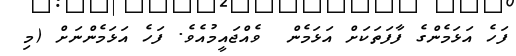
ފަހެ އަޅަމެންގެ ފާފަތަކަށް އަޅަމެން  ވެއްޖައީމުއެވެ. ފަހެ އަޅަމެންނަށް (މި